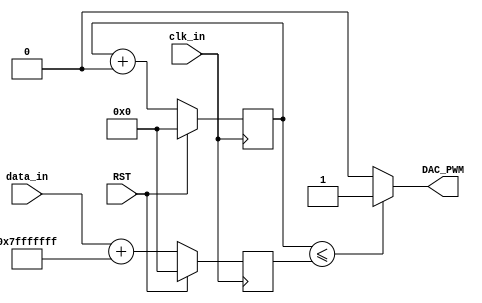
module DAC_PWM #
(
	parameter MAIN_FRE = 500,
	parameter PWM_FRE  = 1000,
	parameter PHASE_WIDTH = 32
)
(
    input                    clk_in,
    input                    RST,
    output                   DAC_PWM,
    input  [PHASE_WIDTH-1:0] data_in
);

localparam [PHASE_WIDTH-1:0] DC_ADD   = (2**(PHASE_WIDTH-1)) - 1;
localparam [PHASE_WIDTH-1:0] FRE_WORD = (2**PHASE_WIDTH)*PWM_FRE/(MAIN_FRE*1000);

reg [PHASE_WIDTH-1:0] addr_r = 0;
always @(posedge clk_in) begin
	if (RST) 
		addr_r <= 0;
	else 
		addr_r <= addr_r + FRE_WORD;
end

reg [PHASE_WIDTH-1:0] duty_r = 0;
always @(posedge clk_in) begin
	if (RST) 
		duty_r <= 32'd0;
	else 
		duty_r <= $signed(data_in) + DC_ADD;
end

assign DAC_PWM = (addr_r <= duty_r) ? 1'b1 : 1'b0;

endmodule